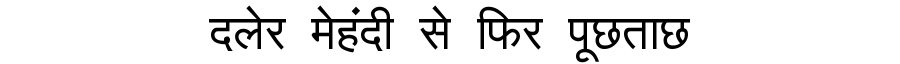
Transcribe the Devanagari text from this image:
दलेर मेहंदी से फिर पूछताछ